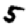
Digit: 5